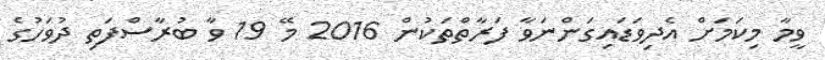
ވީމާ މިކަމަށް އެދިވަޑައިގަންނަވާ ފަރާތްތަކުން 2016 މޭ 19 ވާ ބުރާސްފަތި ދުވަހުގެ